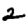
Digit: 2